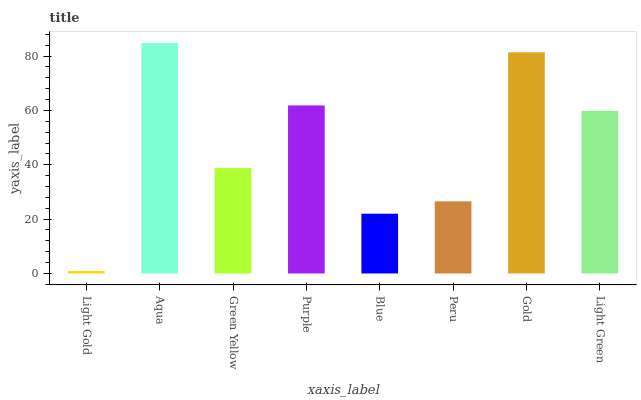
| xaxis_label | bars |
 | --- | --- |
 | Light Gold | 0.885 |
 | Aqua | 84.8 |
 | Green Yellow | 38.8 |
 | Purple | 61.9 |
 | Blue | 22 |
 | Peru | 26.5 |
 | Gold | 81.4 |
 | Light Green | 59.9 |